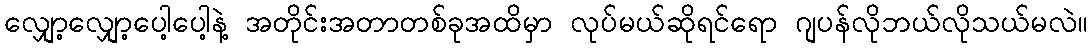
လျှော့လျှော့ပေါ့ပေါ့နဲ့ အတိုင်းအတာတစ်ခုအထိမှာ လုပ်မယ်ဆိုရင်ရော ဂျပန်လိုဘယ်လိုသယ်မလဲ။